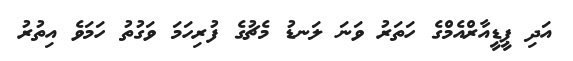
އަދި ޕީޑީއާރްއެމްގެ ހަތަރު ވަނަ ލަނޑު މެޗުގެ ފުރިހަމަ ވަގުތު ހަމަވެ އިތުރު